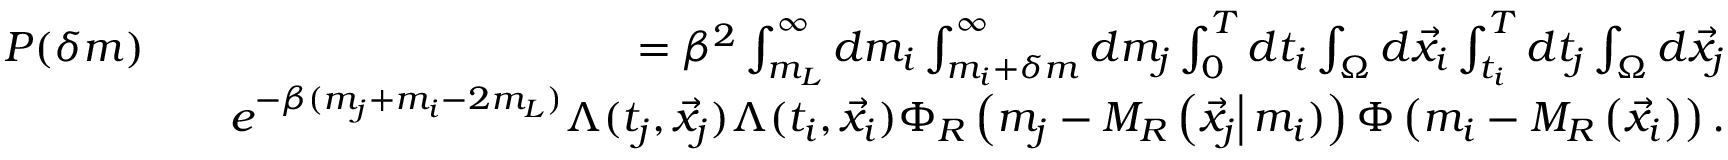
\begin{array} { r l r } { P ( \delta m ) } & { } & { = \beta ^ { 2 } \int _ { m _ { L } } ^ { \infty } d m _ { i } \int _ { m _ { i } + \delta m } ^ { \infty } d m _ { j } \int _ { 0 } ^ { T } d t _ { i } \int _ { \Omega } d \vec { x } _ { i } \int _ { t _ { i } } ^ { T } d t _ { j } \int _ { \Omega } d \vec { x } _ { j } } \\ & { } & { e ^ { - \beta ( m _ { j } + m _ { i } - 2 m _ { L } ) } \Lambda ( t _ { j } , \vec { x } _ { j } ) \Lambda ( t _ { i } , \vec { x } _ { i } ) \Phi _ { R } \left( m _ { j } - M _ { R } \left( \vec { x } _ { j } \right\vert m _ { i } ) \right) \Phi \left( m _ { i } - M _ { R } \left( \vec { x } _ { i } \right) \right) . } \end{array}